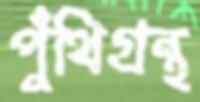
পুঁথিগ্রন্থ